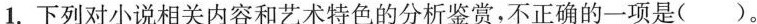
1.下列对小说相关内容和艺术特色的分析鉴赏,不正确的一项是( )。